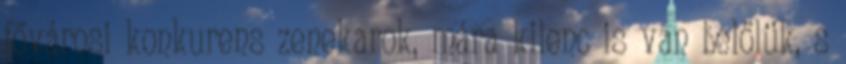
fővárosi konkurens zenekarok, mára kilenc is van belőlük, s